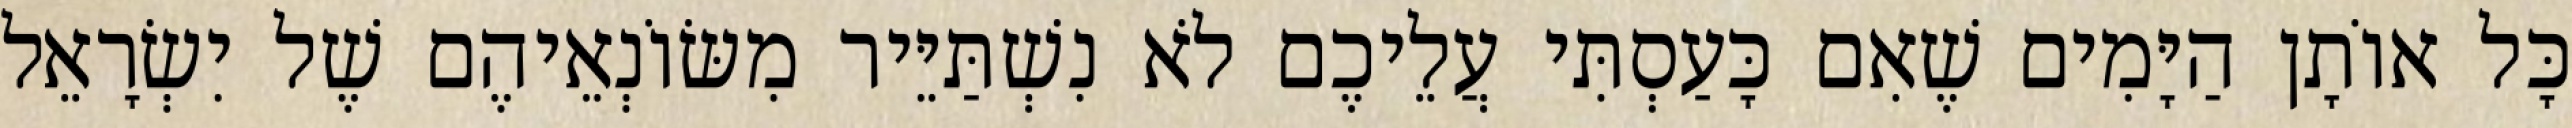
כָּל אוֹתָן הַיָּמִים שֶׁאִם כָּעַסְתִּי עֲלֵיכֶם לֹא נִשְׁתַּיֵּיר מִשּׂוֹנְאֵיהֶם שֶׁל יִשְׂרָאֵל